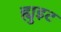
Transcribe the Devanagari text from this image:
ह्युइट